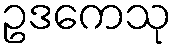
ဥဒကေသု